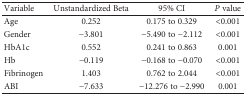
<table><thead><tr><td><b>Variable</b></td><td><b>Unstandardized Beta</b></td><td><b>95% CI</b></td><td><b><i>P</i> value</b></td></tr></thead><tbody><tr><td>Age</td><td>0.252</td><td>0.175 to 0.329</td><td>&lt;0.001</td></tr><tr><td>Gender</td><td>−3.801</td><td>−5.490 to −2.112</td><td>&lt;0.001</td></tr><tr><td>HbA1c</td><td>0.552</td><td>0.241 to 0.863</td><td>0.001</td></tr><tr><td>Hb</td><td>−0.119</td><td>−0.168 to −0.070</td><td>&lt;0.001</td></tr><tr><td>Fibrinogen</td><td>1.403</td><td>0.762 to 2.044</td><td>&lt;0.001</td></tr><tr><td>ABI</td><td>−7.633</td><td>−12.276 to −2.990</td><td>0.001</td></tr></tbody></table>